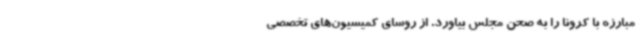
مبارزه با کرونا را به صحن مجلس بیاورد. از روسای کمیسیون‌های تخصصی